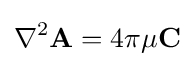
\nabla ^{2}\mathbf {A} =4\pi \mu \mathbf {C}